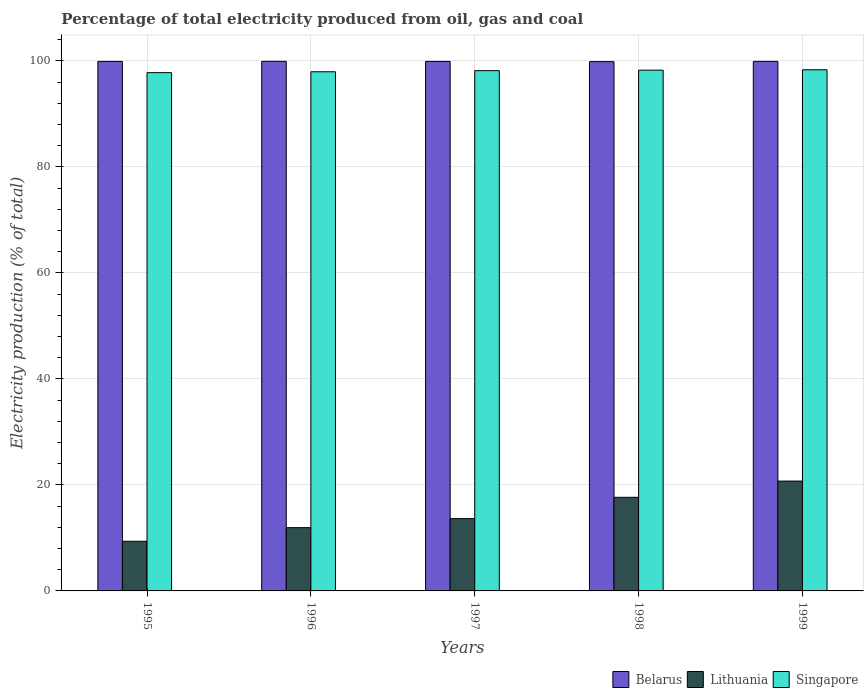
| Years | Belarus | Lithuania | Singapore |
 | --- | --- | --- | --- |
 | 1995 | 99.9 | 9.37 | 97.8 |
 | 1996 | 99.9 | 11.9 | 98 |
 | 1997 | 99.9 | 13.6 | 98.2 |
 | 1998 | 99.9 | 17.7 | 98.3 |
 | 1999 | 99.9 | 20.7 | 98.3 |